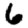
Digit: 6